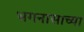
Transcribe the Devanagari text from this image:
भगनासाच्या